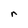
Character: r